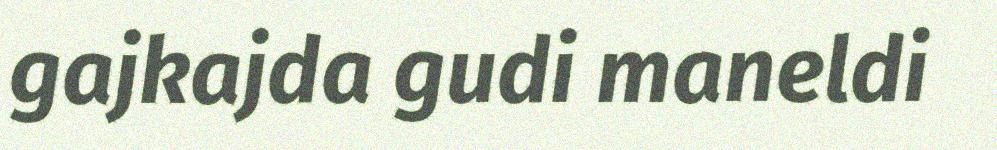
gajkajda gudi maneldi